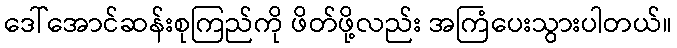
ဒေါ်အောင်ဆန်းစုကြည်ကို ဖိတ်ဖို့လည်း အကြံပေးသွားပါတယ်။